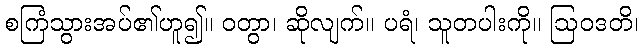
စကြံသွားအပ်၏ဟူ၍။ ဝတွာ၊ ဆိုလျက်။ ပရံ၊ သူတပါးကို။ ဩဝဒတိ၊